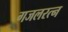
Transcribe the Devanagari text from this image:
गजलरत्‍न